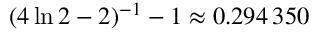
( 4 \ln 2 - 2 ) ^ { - 1 } - 1 \approx 0 . 2 9 4 \, 3 5 0